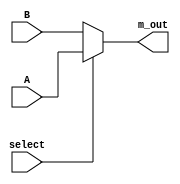
module mux_2x1_df ( 
  output	m_out,
  input 	A, B,
  input	select
 );  
  assign m_out = (select)? A : B;
 endmodule